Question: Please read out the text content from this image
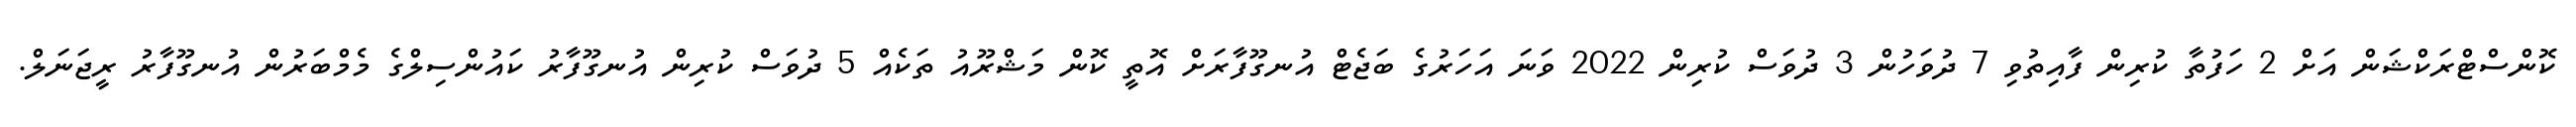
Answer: ކޮންސްޓްރަކްޝަން އަށް 2 ހަފުތާ ކުރިން ފާއިތުވި 7 ދުވަހުން 3 ދުވަސް ކުރިން 2022 ވަނަ އަހަރުގެ ބަޖެޓް އުނގޫފާރަށް އޮތީ ކޮން މަޝްރޫއު ތަކެއް 5 ދުވަސް ކުރިން އުނގޫފާރު ކައުންސިލްގެ މެމްބަރުން އުނގޫފާރު ރީޖަނަލް.